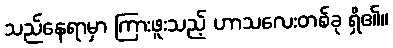
သည်နေရာမှာ ကြားဖူးသည့် ဟာသလေးတစ်ခု ရှိ၏။